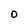
Character: O